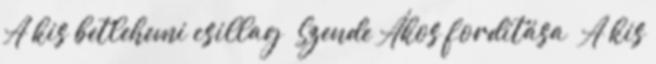
A kis betlehemi csillag Szende Ákos fordítása A kis